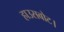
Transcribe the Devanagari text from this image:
हाउसबोट।